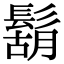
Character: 鬍